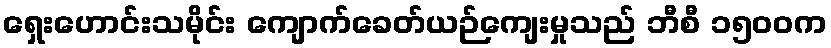
ရှေးဟောင်းသမိုင်း ကျောက်ခေတ်ယဉ်ကျေးမှုသည် ဘီစီ ၁၅၀၀က